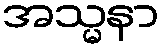
အသ္မနာ